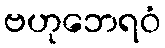
ဗဟုဘေရဝံ